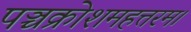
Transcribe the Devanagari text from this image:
पञ्चक्रोशमहत्तरम।